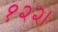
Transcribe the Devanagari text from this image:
१२२।